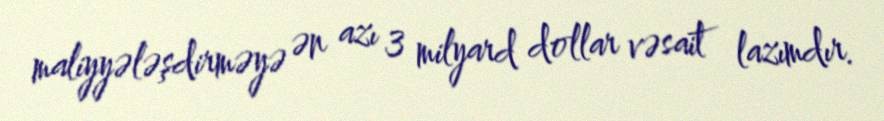
maliyyələşdirməyə ən azı 3 milyard dollar vəsait lazımdır.